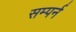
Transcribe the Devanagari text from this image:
सम्पर्न